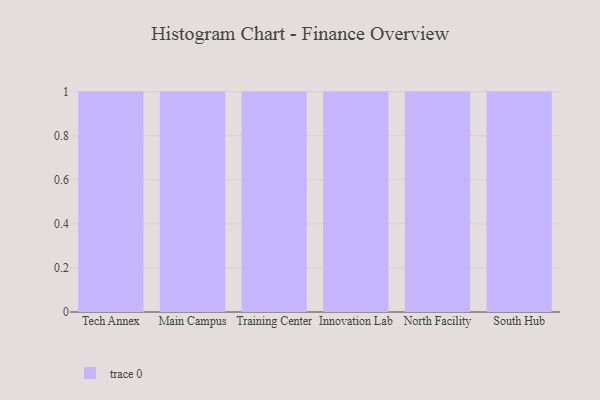
{"axis": {"x": "Campus", "y": "Population (Million)"}, "legend": [""], "data": [{"x": "Tech Annex", "y": 13, "type": ""}, {"x": "Main Campus", "y": 47, "type": ""}, {"x": "Training Center", "y": 38, "type": ""}, {"x": "Innovation Lab", "y": 44, "type": ""}, {"x": "North Facility", "y": 48, "type": ""}, {"x": "South Hub", "y": 40, "type": ""}]}